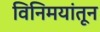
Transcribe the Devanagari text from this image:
विनिमयांतून